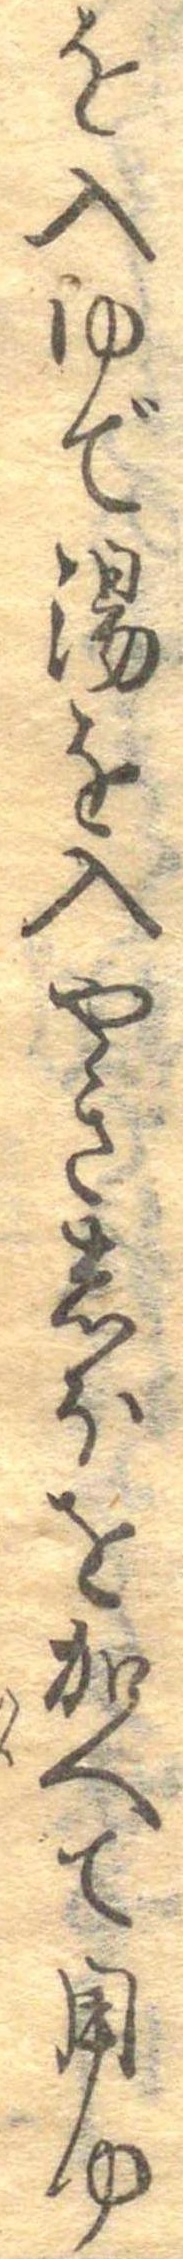
を入ゆで湯を入やきしほを加へて用ゆ